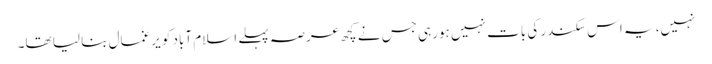
نہیں، یہ اس سکندر کی بات نہیں ہورہی جس نے کچھ عرصہ پہلے اسلام آباد کو یرغمال بنا لیا تھا۔